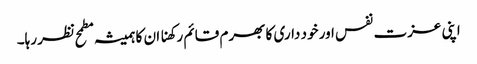
اپنی عزت نفس اور خود داری کا بھرم قائم رکھنا ان کا ہمیشہ مطمح نظر رہا۔